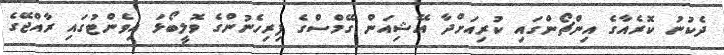
ދެކުނު ކޮރެއާގެ އިންޗޯންގައި ކުރިއަށްދާ އޭޝިއަން ގޭމްސްގެ ފިރިހެނުންގެ ވޮލީބޯޅަ އިވެންޓުގައި ރާއްޖޭގެ